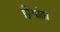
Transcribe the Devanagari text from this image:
प्रियांता